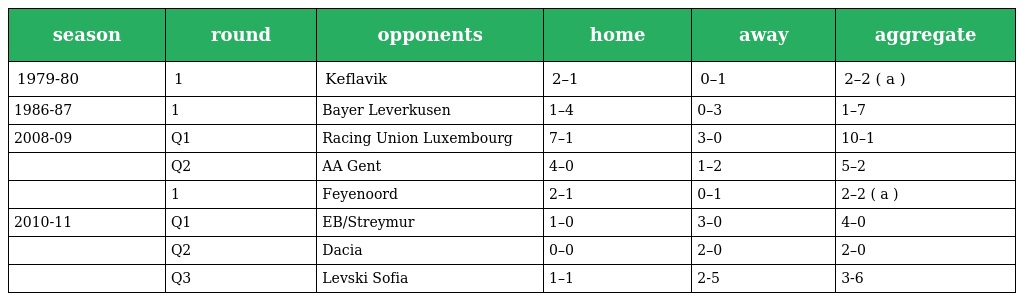
| season | round | opponents | home | away | aggregate |
 | --- | --- | --- | --- | --- | --- |
 | 1979-80 | 1 | Keflavik | 2–1 | 0–1 | 2–2 ( a ) |
 | 1986-87 | 1 | Bayer Leverkusen | 1–4 | 0–3 | 1–7 |
 | 2008-09 | Q1 | Racing Union Luxembourg | 7–1 | 3–0 | 10–1 |
 |  | Q2 | AA Gent | 4–0 | 1–2 | 5–2 |
 |  | 1 | Feyenoord | 2–1 | 0–1 | 2–2 ( a ) |
 | 2010-11 | Q1 | EB/Streymur | 1–0 | 3–0 | 4–0 |
 |  | Q2 | Dacia | 0–0 | 2–0 | 2–0 |
 |  | Q3 | Levski Sofia | 1–1 | 2-5 | 3-6 |